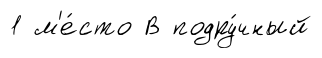
1 м'е́сто В подру́чный